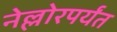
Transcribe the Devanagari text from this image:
नेल्लोरपर्यंत